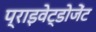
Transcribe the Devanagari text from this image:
प्राइवेट्डोजेंट